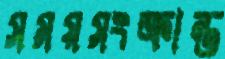
সময়সংক্রান্ত